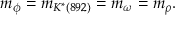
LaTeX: m _ { \phi } = m _ { K ^ { * } ( 8 9 2 ) } = m _ { \omega } = m _ { \rho } .